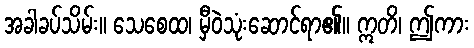
အခါခပ်သိမ်း။ သေစေထ၊ မှီဝဲသုံးဆောင်ရာ၏။ ဣတိ၊ ဤကား